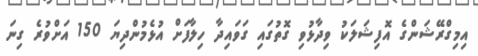
އިމިގްރޭޝަންގެ އޮފިޝަލަކު ވިދާޅުވި ގޮތުގައި ގަވައިދާ ހިލާފަށް އުޅެމުންދިޔަ 150 އަށްވުރެ ގިނަ